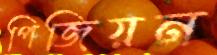
পিজিয়ন